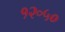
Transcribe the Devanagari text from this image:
१२॰५०